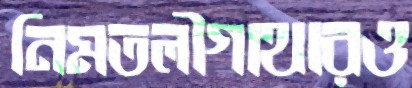
নিমতলীগাথারও